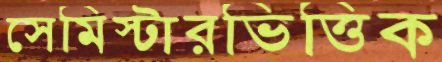
সেমিস্টারভিত্তিক